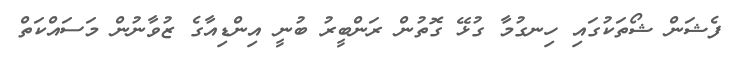
ފެޝަން ޝޯތަކުގައި ހިނގުމާ ގުޅޭ ގޮތުން ރަންބީރު ބުނީ އިންޑިއާގެ ޒުވާނުން މަސައްކަތް